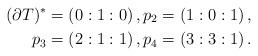
LaTeX: \begin{align*}(\partial T)^*&=\left(0:1:0\right), p_2=\left(1:0:1\right), \\p_3&=\left(2:1:1\right), p_4=\left(3:3:1\right). \end{align*}